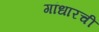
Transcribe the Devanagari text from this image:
गांधारची